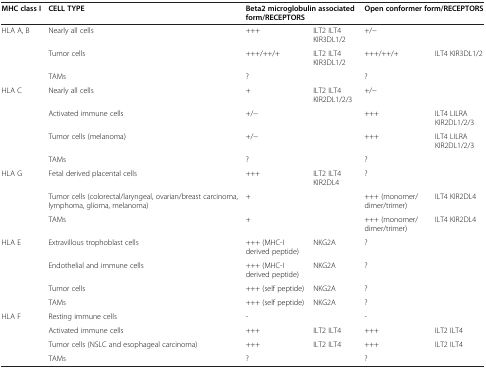
<table><thead><tr><td><b>MHC class I</b></td><td><b>CELL TYPE</b></td><td colspan="2"><b>Beta2 microglobulin associated</b></td><td colspan="2"><b>Open conformer form/RECEPTORS</b></td></tr><tr><td><b> </b></td><td><b> </b></td><td colspan="2"><b>form/RECEPTORS</b></td><td colspan="2"><b> </b></td></tr></thead><tbody><tr><td rowspan="3">HLA A, B</td><td>Nearly all cells</td><td>+++</td><td>ILT2 ILT4 KIR3DL1/2</td><td colspan="2">+/−</td></tr><tr><td>Tumor cells</td><td>+++/++/+</td><td>ILT2 ILT4 KIR3DL1/2</td><td>+++/++/+</td><td>ILT4 KIR3DL1/2</td></tr><tr><td>TAMs</td><td>?</td><td> </td><td colspan="2">?</td></tr><tr><td rowspan="4">HLA C</td><td>Nearly all cells</td><td>+</td><td>ILT2 ILT4 KIR2DL1/2/3</td><td colspan="2">+/−</td></tr><tr><td>Activated immune cells</td><td>+/−</td><td> </td><td>+++</td><td>ILT4 LILRA KIR2DL1/2/3</td></tr><tr><td>Tumor cells (melanoma)</td><td>+/−</td><td> </td><td>+++</td><td>ILT4 LILRA KIR2DL1/2/3</td></tr><tr><td>TAMs</td><td>?</td><td> </td><td>?</td><td> </td></tr><tr><td rowspan="3">HLA G</td><td>Fetal derived placental cells</td><td>+++</td><td>ILT2 ILT4 KIR2DL4</td><td>?</td><td> </td></tr><tr><td>Tumor cells (colorectal/laryngeal, ovarian/breast carcinoma, lymphoma, glioma, melanoma)</td><td>+</td><td> </td><td>+++ (monomer/ dimer/trimer)</td><td>ILT4 KIR2DL4</td></tr><tr><td>TAMs</td><td>+</td><td> </td><td>+++ (monomer/ dimer/trimer)</td><td>ILT4 KIR2DL4</td></tr><tr><td rowspan="4">HLA E</td><td>Extravillous trophoblast cells</td><td>+++ (MHC-I derived peptide)</td><td>NKG2A</td><td>?</td><td> </td></tr><tr><td>Endothelial and immune cells</td><td>+++ (MHC-I derived peptide)</td><td>NKG2A</td><td>?</td><td> </td></tr><tr><td>Tumor cells</td><td>+++ (self peptide)</td><td>NKG2A</td><td>?</td><td> </td></tr><tr><td>TAMs</td><td>+++ (self peptide)</td><td>NKG2A</td><td>?</td><td> </td></tr><tr><td rowspan="4">HLA F</td><td>Resting immune cells</td><td>-</td><td> </td><td>-</td><td> </td></tr><tr><td>Activated immune cells</td><td>+++</td><td>ILT2 ILT4</td><td>+++</td><td>ILT2 ILT4</td></tr><tr><td>Tumor cells (NSLC and esophageal carcinoma)</td><td>+++</td><td>ILT2 ILT4</td><td>+++</td><td>ILT2 ILT4</td></tr><tr><td>TAMs</td><td>?</td><td> </td><td>?</td><td> </td></tr></tbody></table>